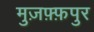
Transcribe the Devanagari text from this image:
मुज़फ़्फ़पुर